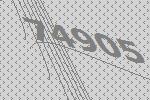
74905